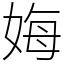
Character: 娒